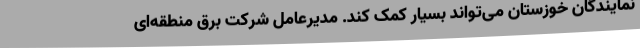
نمایندگان خوزستان می‌تواند بسیار کمک کند. مدیرعامل شرکت برق منطقه‌ای